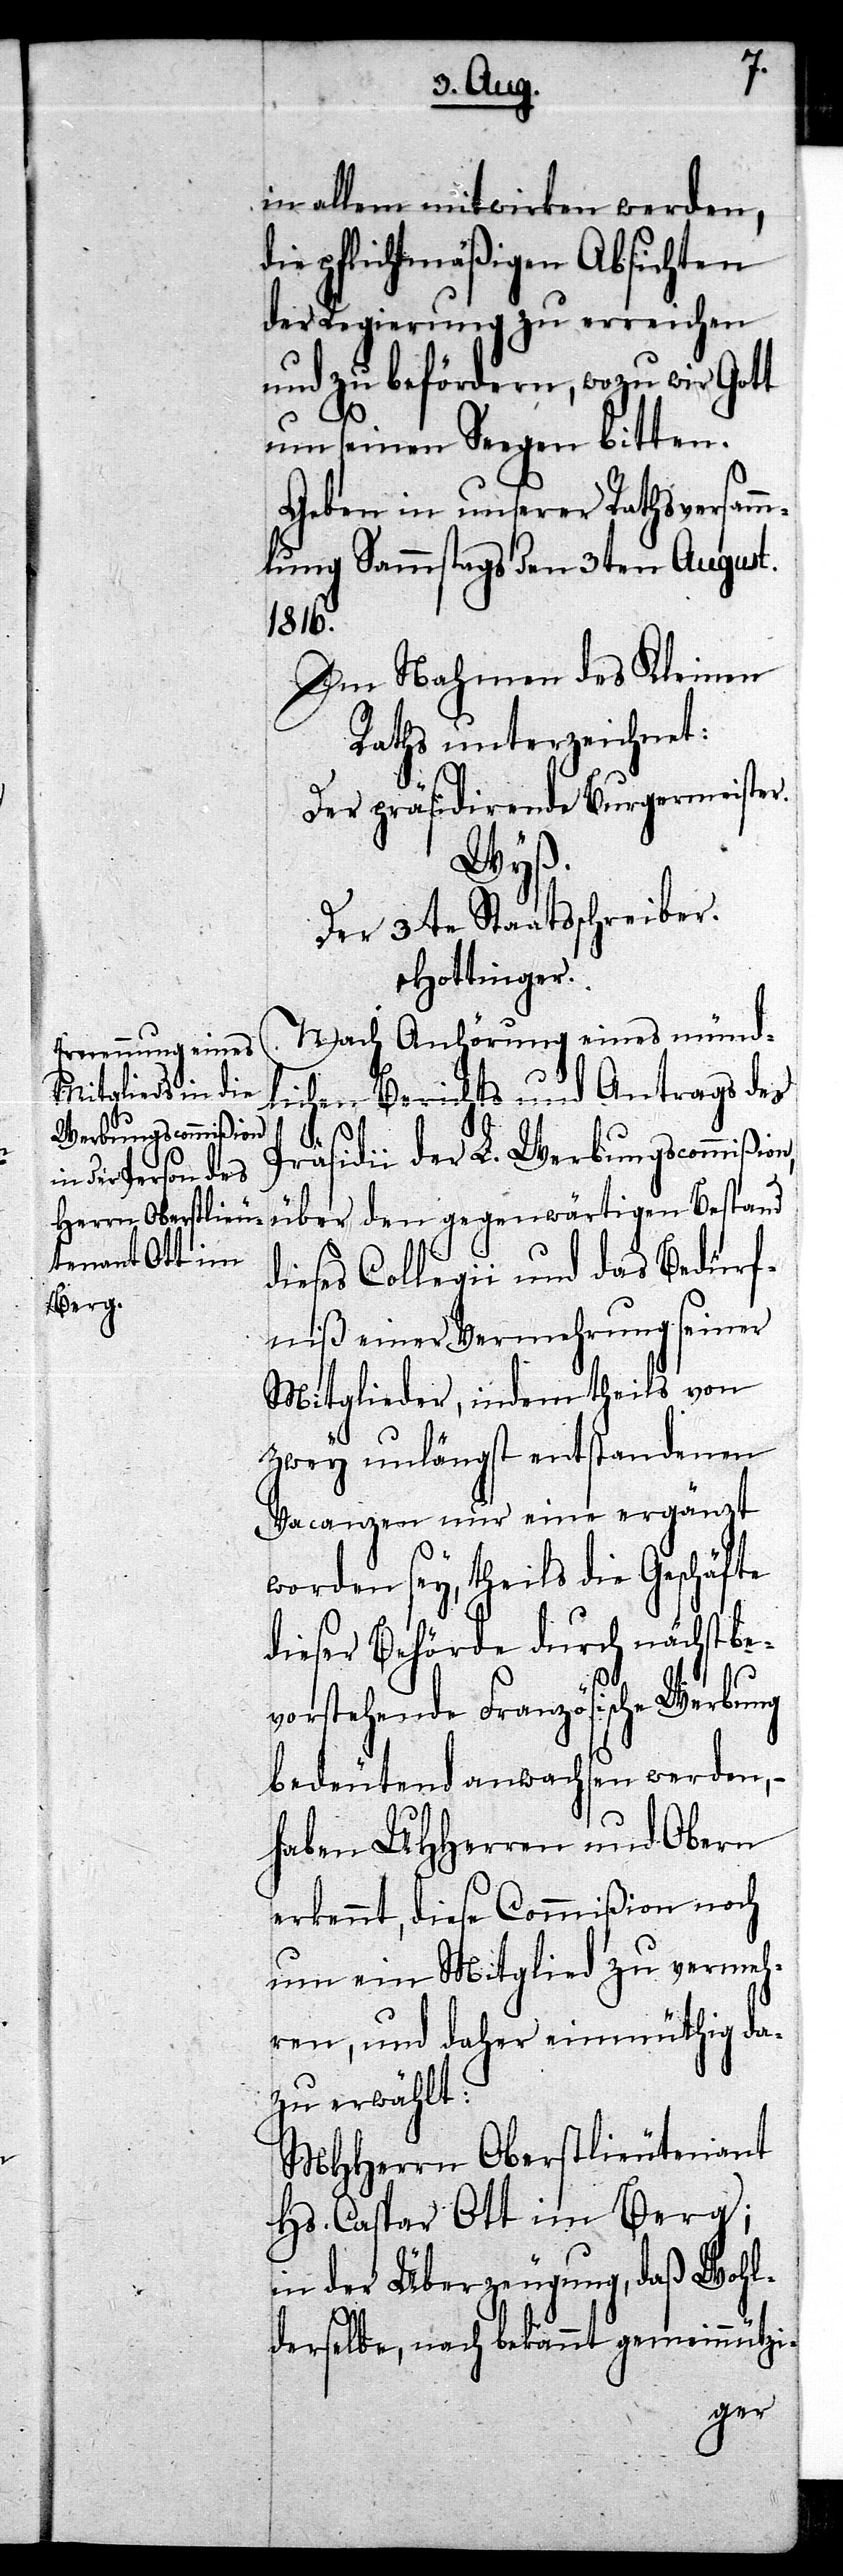
in allem mitwirken werden,
die pflichtmäßigen Absichten
der Regierung zu erreichen
und zu befördern, wozu wir Gott
um seinen Segen bitten.
Geben in unserer Rathsversamm¬
lung Sammstags den 3ten August.
1816.
Im Nahmen des Kleinen
Raths unterzeichnet:
Der präsidirende Burgermeister.
Wyß.
Der 3te Staatsschreiber.
Hottinger.
Nach Anhörung eines münd¬
lichen Berichts und Antrags des
den
Präsidii der L. Werbungscommißion,
dieses Collegii und das Bedürf¬
niß einer Vermehrung seiner
Mitglieder, indem theils von
zwey unlängst entstandenen
Vacanzen nur eine ergänzt
worden sey, theils die Geschäfte
dieser Behörde durch nächst be¬
vorstehende Französische Werbung
bedeutend anwachsen werden, –
haben UHHerren und Obern
erkennt, diese Commißion noch
um ein Mitglied zu vermeh¬
ren, und daher einmüthig da¬
zu erwählt:
MHHerrn Oberstlieutenant
Hs. Caspar Ott im Berg;
in der Überzeugung, daß Wohl¬
derselbe, nach bekannt gemeinnützi-